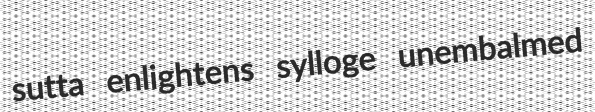
sutta enlightens sylloge unembalmed